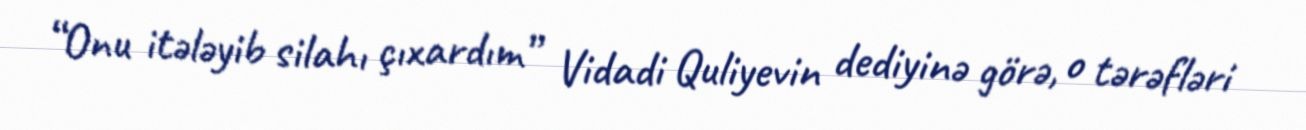
“Onu itələyib silahı çıxardım” Vidadi Quliyevin dediyinə görə, o tərəfləri